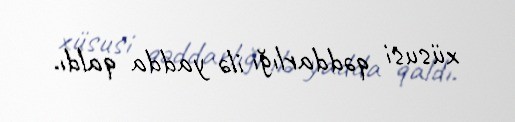
xüsusi qəddarlığı ilə yadda qaldı.